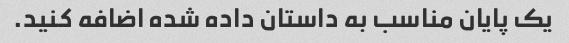
یک پایان مناسب به داستان داده شده اضافه کنید.